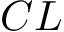
C L